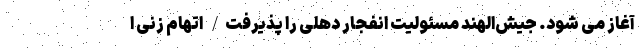
آغاز می شود. جیش‌الهند مسئولیت انفجار دهلی را پذیرفت/ اتهام زنی ا